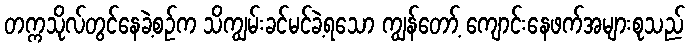
တက္ကသိုလ်တွင်နေခဲ့စဉ်က သိကျွမ်းခင်မင်ခဲ့ရသော ကျွန်တော့် ကျောင်းနေဖက်အများစုသည်